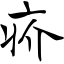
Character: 疥